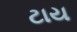
ટાય